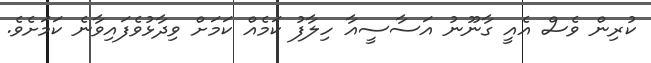
ކުރިން ވެސް އެއީ ގާނޫނު އަސާސީއާ ހިލާފު ކަމެއް ކަމަށް ވިދާޅުވެފައިވާނެ ކަމަށެވެ.